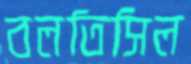
বলতিসিল